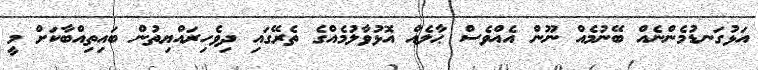
އަޅުގަނޑުމެންނެއް ބޭނުމެއް ނޫން އެއްވެސް ޙާލެއް އޮޅުވާލުމެއްގެ ތެރޭގައި ދިވެހިރައްޔިތުން ބައިތިއްބާކަށް މީ